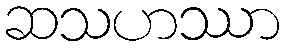
ဆသဟဿာ